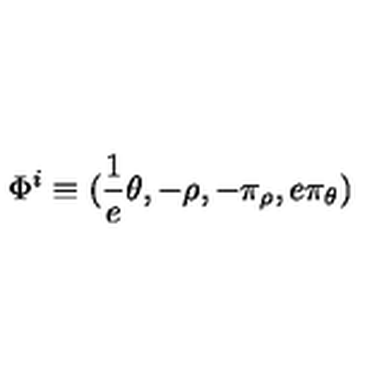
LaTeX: \Phi ^ { i } \equiv ( \frac { 1 } { e } \theta , - \rho , - \pi _ { \rho } , e \pi _ { \theta } )